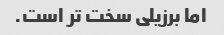
اما برزیلی سخت تر است.